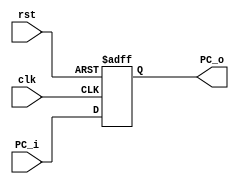
module PC (
    input wire [31:0] PC_i,
    input wire        clk,
    input wire        rst,
    output reg [31:0] PC_o
);


always @(posedge clk or negedge rst) 
    begin
        if (!rst) 
            begin
               PC_o<=32'b0;   
            end
        else 
    
            begin
                PC_o<=PC_i;
            end  
        
                  
    end

endmodule